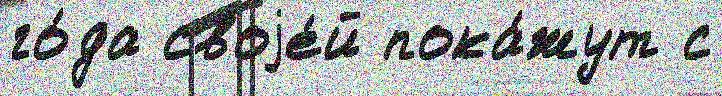
го́да своjе́й пока́жут с